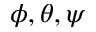
\phi , \theta , \psi